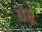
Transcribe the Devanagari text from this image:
तंडू